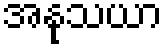
အနုသယာ